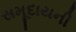
સમૂદાયની